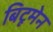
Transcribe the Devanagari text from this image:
बिटूमेन